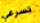
تسرعي